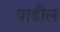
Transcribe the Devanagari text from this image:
पाडील